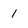
Character: l